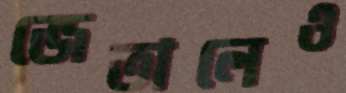
জেতালেও